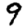
Digit: 9